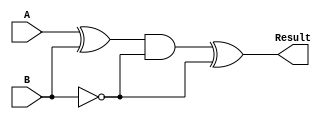
module Subtractor(
    input [3:0] A,
	input [3:0] B,
	output reg [3:0] Result
);

// XOR gates to perform the subtraction operation
wire [3:0] temp;
assign temp = A ^ B;

// Complementing the B input
wire [3:0] B_negated;
assign B_negated = ~B;

// Connecting the XOR output to an AND gate with the complemented B input
wire [3:0] and_input;
assign and_input = {temp[3], temp[2], temp[1], temp[0]} & {B_negated[3], B_negated[2], B_negated[1], B_negated[0]};

// Output the final result after XOR and AND operations
always @(*) begin
    Result = and_input ^ {B_negated[3], B_negated[2], B_negated[1], B_negated[0]};
end

endmodule